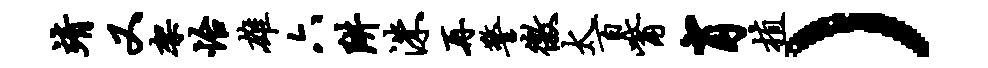
靖又架怡雄六阱洙再警徼太百觜肖植）